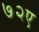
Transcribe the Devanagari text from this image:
७२ए